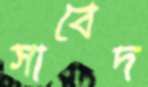
সাবেদ